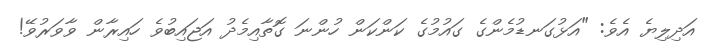
އަދިލިޔެ އެވެ: "އަޅުގަނޑުމެންގެ ގައުމުގެ ކަންކަން ހުންނަ ގޮތާއިމެދު އަޖައިބުވެ ހައިރާން ވާވަރުވޭ!